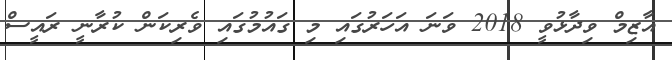
އާޒިމް ވިދާޅުވީ 2018 ވަނަ އަހަރުގައި މި ގައުމުގައި ވެރިކަން ކުރާނީ ރައީސް